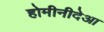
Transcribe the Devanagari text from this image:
होमीनीदेआ